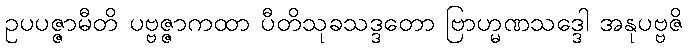
ဥပပဇ္ဇာမီတိ ပဗ္ဗဇ္ဇာကထာ ပီတိသုခသဒ္ဒတော ဗြာဟ္မဏသဒ္ဒေါ အနုပဗ္ဗဇိ